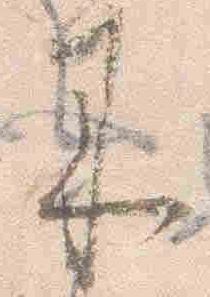
来